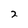
Character: 2